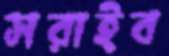
সরাইব